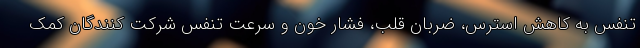
تنفس به کاهش استرس، ضربان قلب، فشار خون و سرعت تنفس شرکت کنندگان کمک